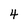
Character: 4